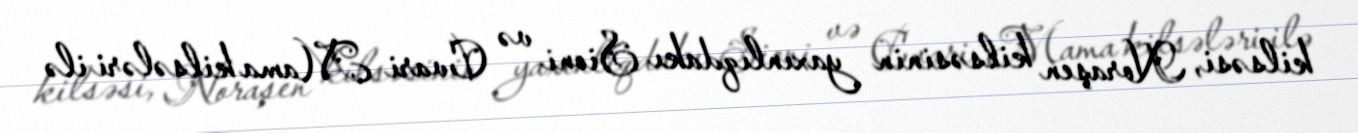
kilsəsi, Noraşen kilsəsinin yaxınlıqdakı Sioni və Cvari Mama kilsələri ilə